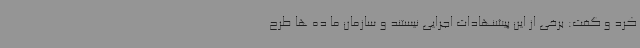
کرد و گفت: برخی از این پیشنهادات اجرایی نیستند و سازمان ما ده ها طرح